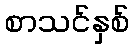
စာသင်နှစ်